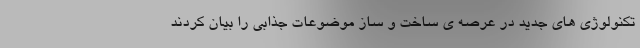
تکنولوژی های جدید در عرصه ی ساخت و ساز موضوعات جذابی را بیان کردند